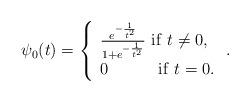
LaTeX: \begin{align*}\psi _{0}(t)=\left\{ \begin{array}{l}\frac{e^{-\frac{1}{t^{2}}}}{1+e^{-\frac{1}{t^{2}}}}~\mathrm{if}\ t\neq 0, \\ 0~\,\,\,\,\,\,\,\,\,\,\,\,\,\,\,\,\mathrm{if}\ t=0.\end{array}\right. . \end{align*}